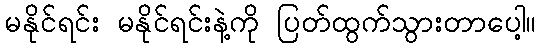
မနိုင်ရင်း မနိုင်ရင်းနဲ့ကို ပြတ်ထွက်သွားတာပေါ့။